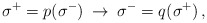
\begin{align*}\: \sigma^{+} = p(\sigma^{-}) \:\rightarrow \: \sigma^{-} = q(\sigma^{+}) \,,\:\end{align*}